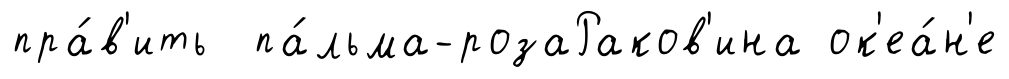
пра́в'ить па́льма-розаРаков'ина ок'еа́н'е